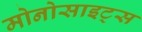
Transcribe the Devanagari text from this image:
मोनोसाइट्स